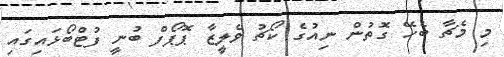
މި މެޗާ ބެހޭ ގޮތުން ނިއުގެ ކޯޗު ވެލީޒާ ޕޮޕޯފް ބުނީ ފުޓްބޯޅައިގައި